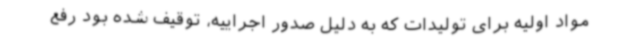
مواد اولیه برای تولیدات که به دلیل صدور اجراییه، توقیف شده بود رفع